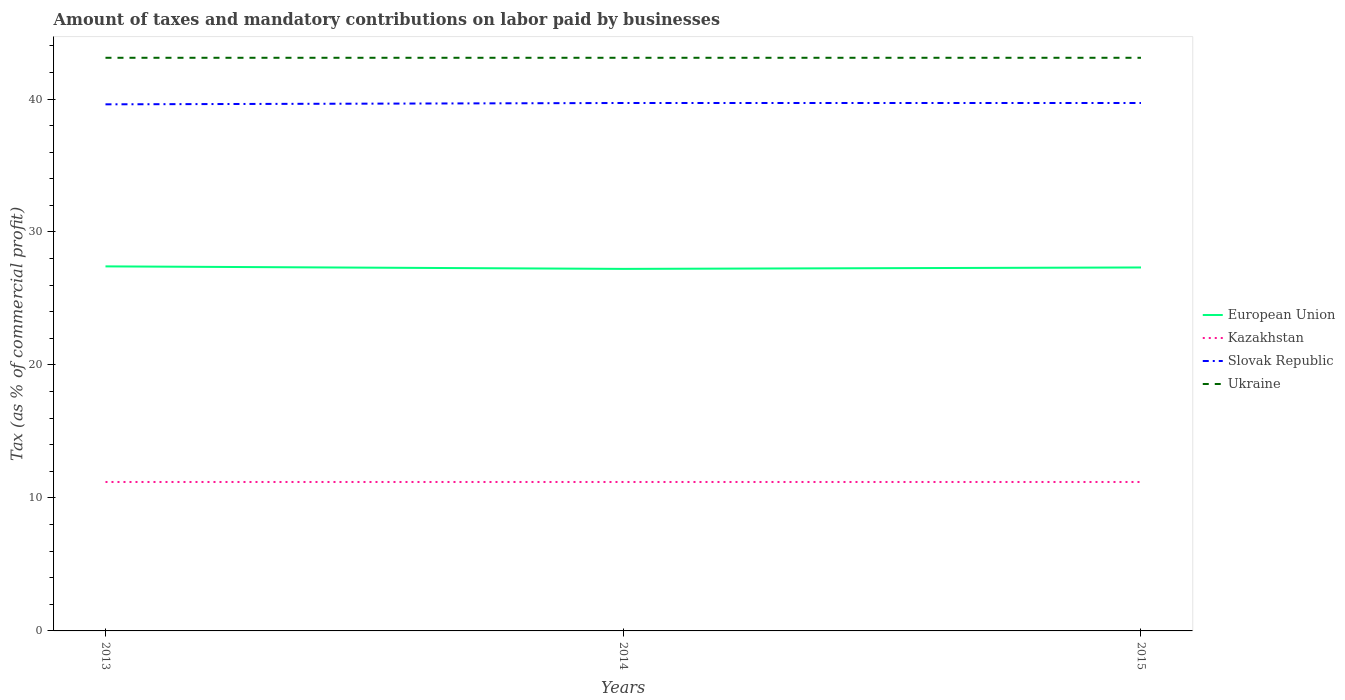
| Years | European Union | Kazakhstan | Slovak Republic | Ukraine |
 | --- | --- | --- | --- | --- |
 | 2013 | 27.4 | 11.2 | 39.6 | 43.1 |
 | 2014 | 27.2 | 11.2 | 39.7 | 43.1 |
 | 2015 | 27.3 | 11.2 | 39.7 | 43.1 |